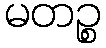
မတဉ္စ